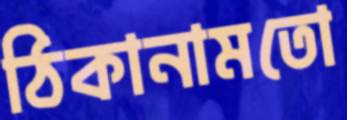
ঠিকানামতো